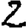
Digit: 2